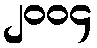
၂၀၀၄